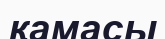
қамасы